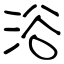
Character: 浴